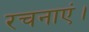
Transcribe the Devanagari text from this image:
रचनाएं।